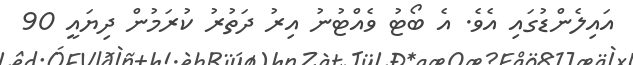
އައިލެންޑުގައި އެވެ. އެ ބޯޓު ވެއްޓުނު އިރު ދަތުރު ކުރަމުން ދިޔައީ 90